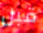
قبل